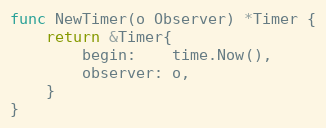
Language: Go
func NewTimer(o Observer) *Timer {
	return &Timer{
		begin:    time.Now(),
		observer: o,
	}
}